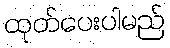
ထုတ်ပေးပါမည်